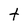
Character: t